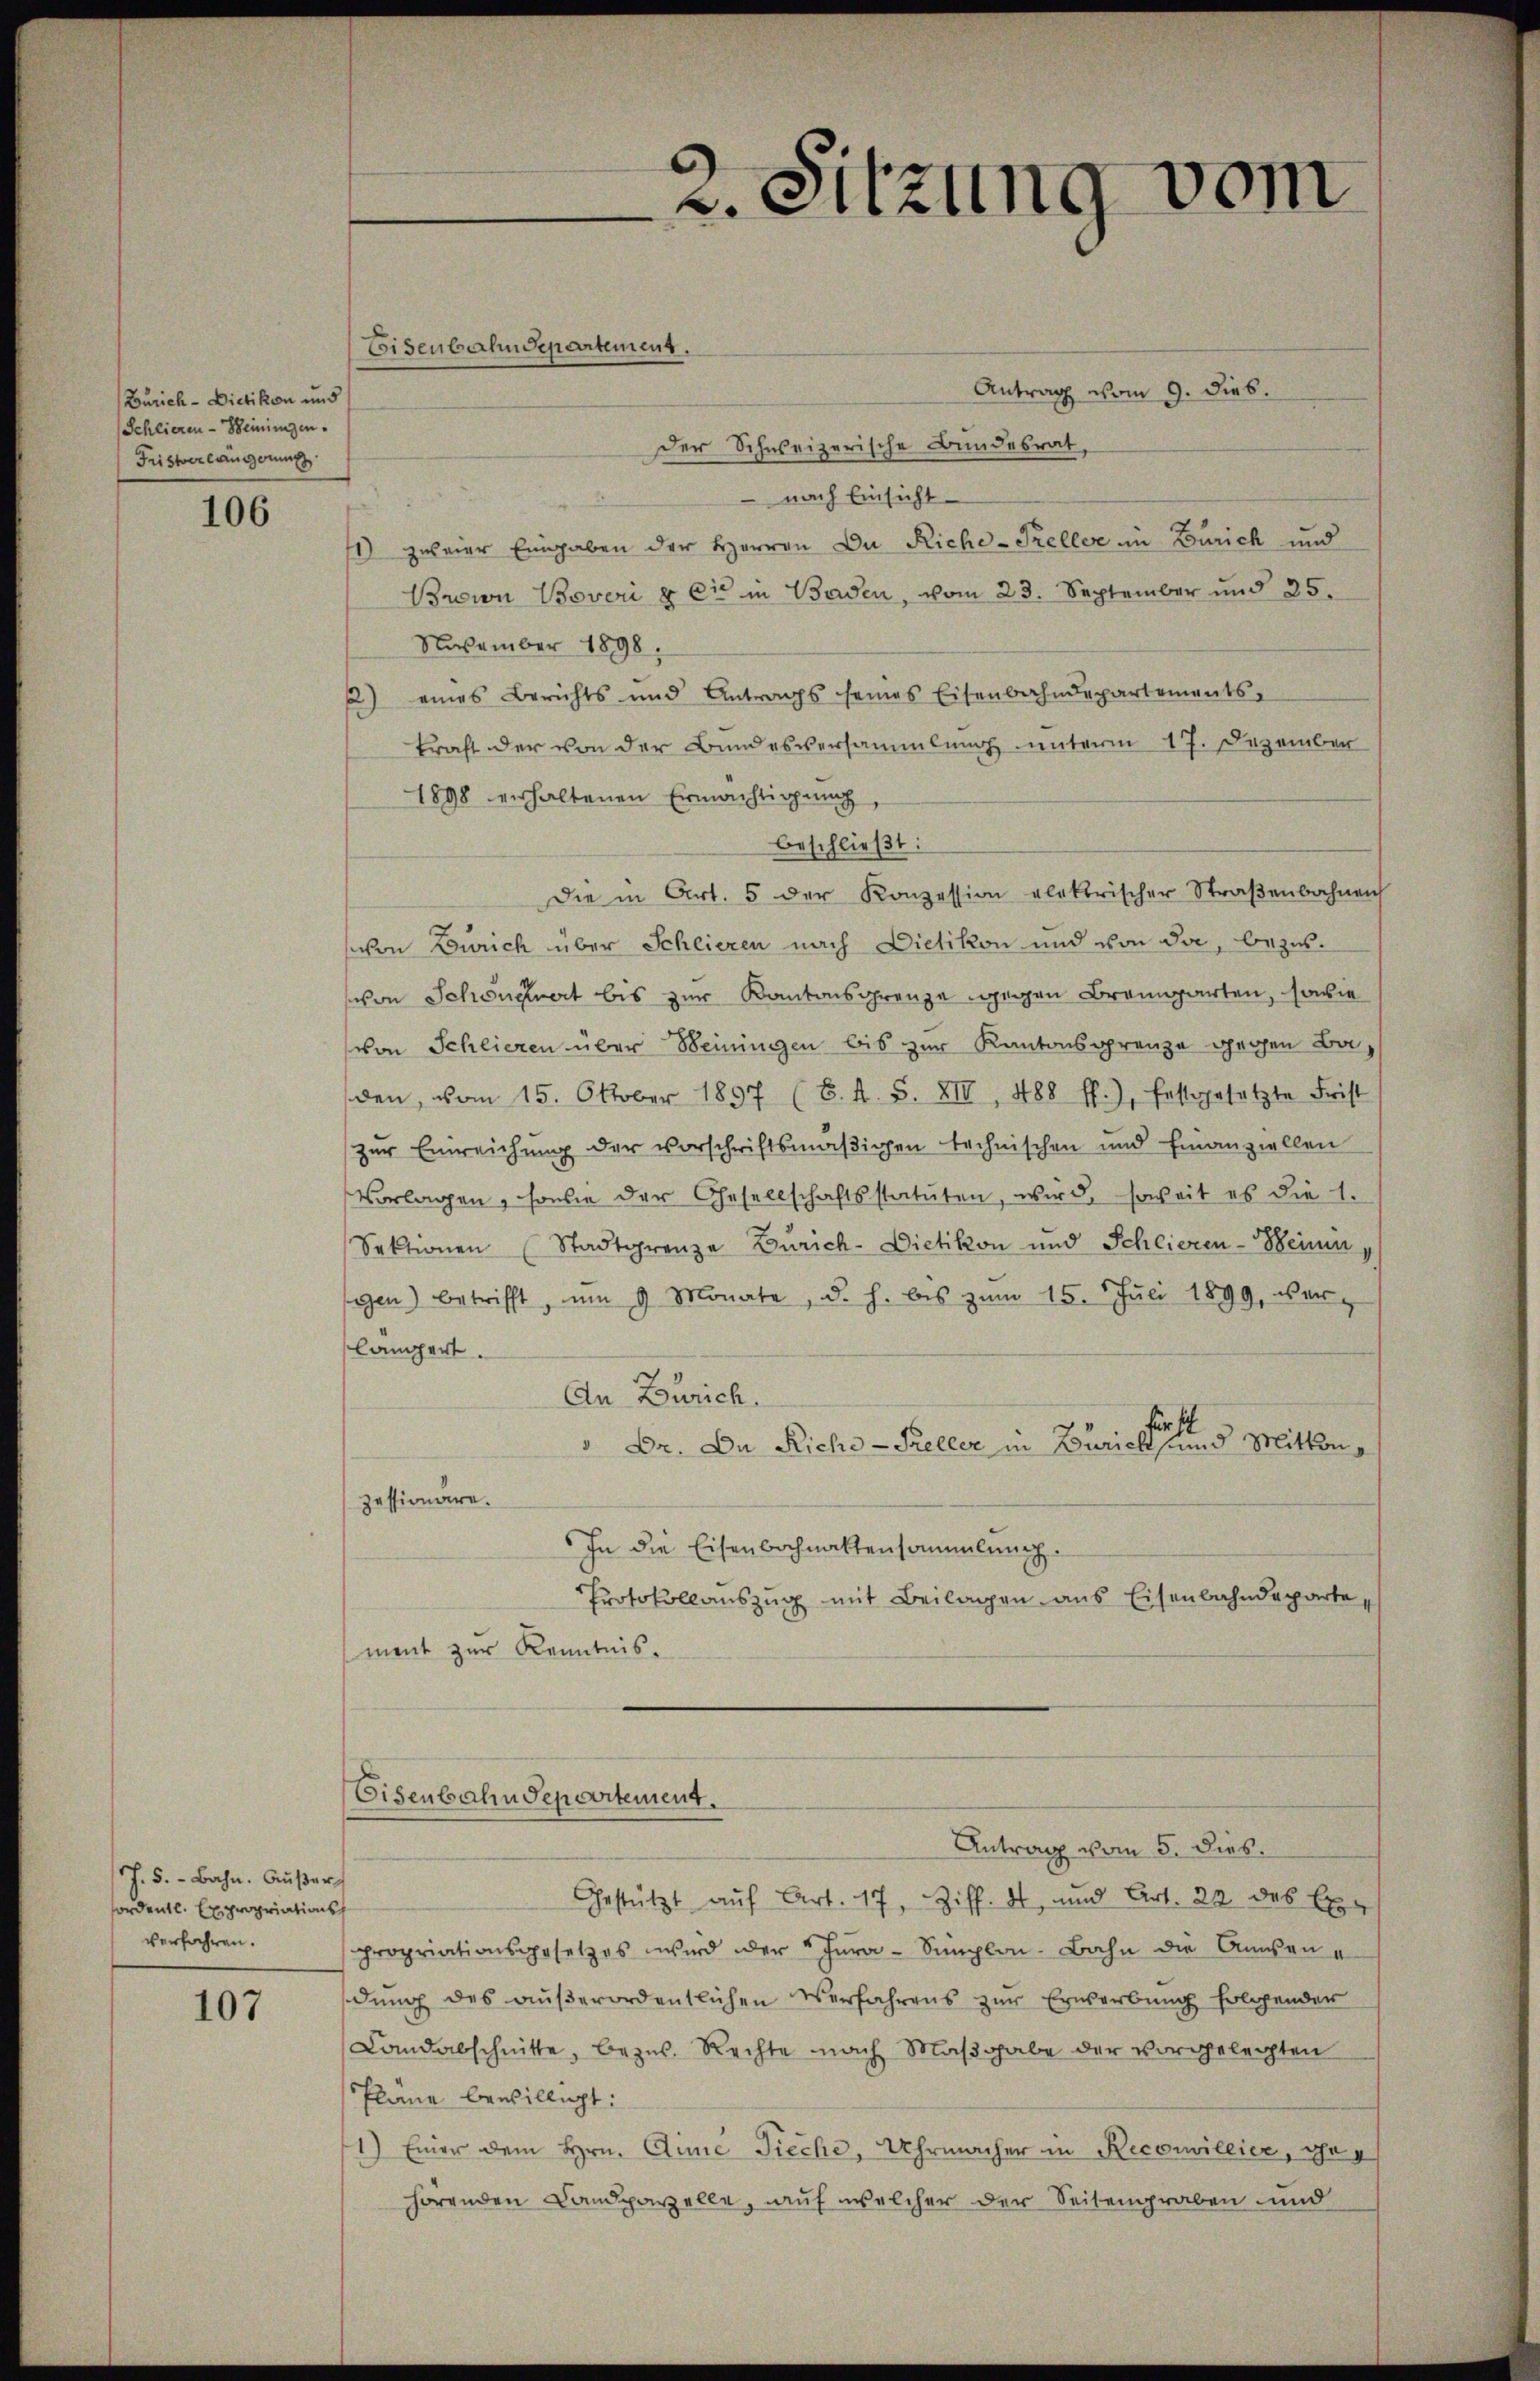
Zürich - Dietikon und
(Schlieren - Beiningen.
Fristerlängerung

106

J. 5. - Bahn. Außer
fordentl. Expropriationsh
verfahren.

107

Antrag vom 9. Dieb.
Der Schweizerische Bundesrat,
 nach Einsicht
1) zweier Eingaben der Herren Du Rich-Preller in Zürich und
Brown Boveri & Cie in Baden, vom 23. September und 25.
November 1898.
2) eines Berichts und Antrags seines Eisenbahndepartements,
kraft der von der Bundesversammlung unterm 17. Dezember
1898 erhaltenen Ermächtigung,
beschließt:
Die in Art. 5 der Konzession elektrischer Straßenbahnen
von Zürich über Schlieren nach Dietikon und von da, bezus-
schon Schönwert bis zur Kantonsgrenze wegen Bremgarten, sowie
von Schlieren über Weiningen bis zur Kantonsgrenze gegen Baden, vom 15. Oktober 1897 (B. 4. S. XII, 488 ff.), festgesetzte Frist
zur Einreichung der Vorschriftsmäßigen technischen und Finanziellen
Vorlagen, sowie der Gesellschaftsstatuten, wird, soweit es die 1.
Sektionen (Stadtgrenze Zürich-Dietikon und Schliesen-Weine
gen) betrifft, um 9 Monate, d. h. bis zŭm 15. Jŭli 1899, wer
längert.
An Zürich.
fürst
Dr. Du Rich-Preller in Zürich und Mitten,
zessionäre.
In die Eisenbachnattensammlung.
Protokollaŭszŭg mit Beilagen aus Eisenbahndeparte,
ment zur Kenntnis.
Eisenbahndepartement.
e
Antrag vom 5. dies.
Gestützt auf Art. 17, Ziff. 4, und Art. 22 des Expropriationsgesetzes wird der Jura-Simplon Bahn die Anson e
dŭng des aŭβerordentlichen Verfahrens zŭr Erwerbŭng folgender
Landabschnitte, bezu. Rechte nach Maßgabe der vorgelegten
Pläne bewilligt:
1) Einer dem Hrn. Gine Tieche, Uhrmacher in Recorwillier, chap
hörenden Landparzelle, auf welcher der Seitengraben und

Eisenbahndepartement.

2. Sitzung

vom